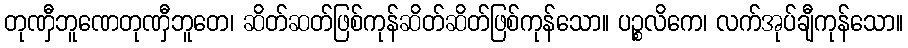
တုဏှီဘူဏေတုဏှီဘူတေ၊ ဆိတ်ဆတ်ဖြစ်ကုန်ဆိတ်ဆိတ်ဖြစ်ကုန်သော။ ပဉ္စလိကေ၊ လက်အုပ်ချီကုန်သော။